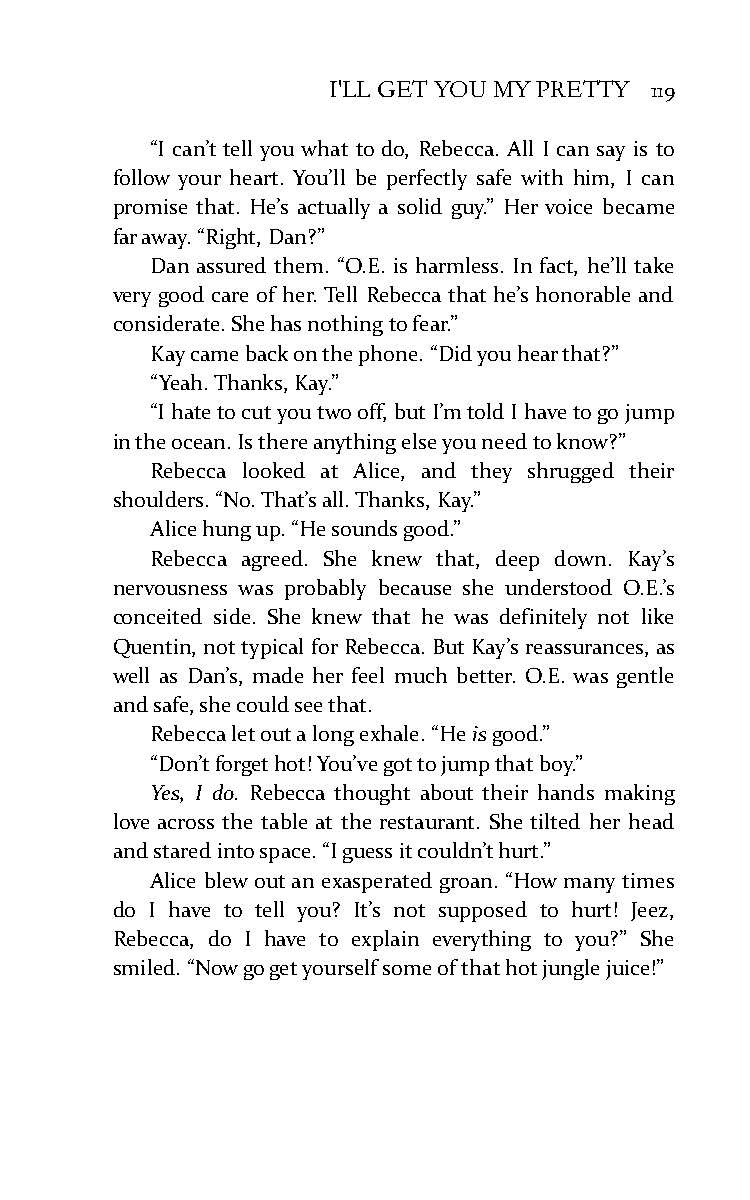
I'LL GET YOU MY PRETTY 119
 “I can’t tell you what to do, Rebecca. All I can say is to
 follow your heart. You’ll be perfectly safe with him, I can
 promise that. He’s actually a solid guy.” Her voice became
 far away. “Right, Dan?”
 Dan assured them. “O.E. is harmless. In fact, he’ll take
 very good care of her. Tell Rebecca that he’s honorable and
 considerate. She has nothing to fear.”
 Kay came back on the phone. “Did you hear that?”
 “Yeah. Thanks, Kay.”
 “I hate to cut you two off, but I’m told I have to go jump
 in the ocean. Is there anything else you need to know?”
 Rebecca looked at Alice, and they shrugged their
 shoulders. “No. That’s all. Thanks, Kay.”
 Alice hung up. “He sounds good.”
 Rebecca agreed. She knew that, deep down. Kay’s
 nervousness was probably because she understood O.E.’s
 conceited side. She knew that he was definitely not like
 Quentin, not typical for Rebecca. But Kay’s reassurances, as
 well as Dan’s, made her feel much better. O.E. was gentle
 and safe, she could see that.
 Rebecca let out a long exhale. “He is good.”
 “Don’t forget hot! You’ve got to jump that boy.”
 Yes, I do. Rebecca thought about their hands making
 love across the table at the restaurant. She tilted her head
 and stared into space. “I guess it couldn’t hurt.”
 Alice blew out an exasperated groan. “How many times
 do I have to tell you? It’s not supposed to hurt! Jeez,
 Rebecca, do I have to explain everything to you?” She
 smiled. “Now go get yourself some of that hot jungle juice!”